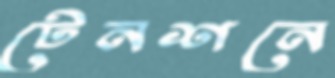
টেনশনে